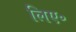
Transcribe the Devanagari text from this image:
लिए॰